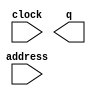
module rommen (
	address,
	clock,
	q);

	input	[14:0]  address;
	input	  clock;
	output	[7:0]  q;
`ifndef ALTERA_RESERVED_QIS
// synopsys translate_off
`endif
	tri1	  clock;
`ifndef ALTERA_RESERVED_QIS
// synopsys translate_on
`endif

endmodule